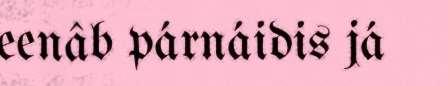
eenâb párnáidis já